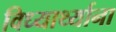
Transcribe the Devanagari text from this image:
विध्यार्थ्याना